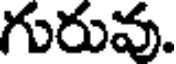
గురువు.